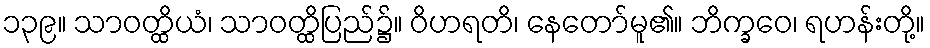
၁၃၉။ သာဝတ္ထိယံ၊ သာဝတ္ထိပြည်၌။ ဝိဟရတိ၊ နေတော်မူ၏။ ဘိက္ခဝေ၊ ရဟန်းတို့။